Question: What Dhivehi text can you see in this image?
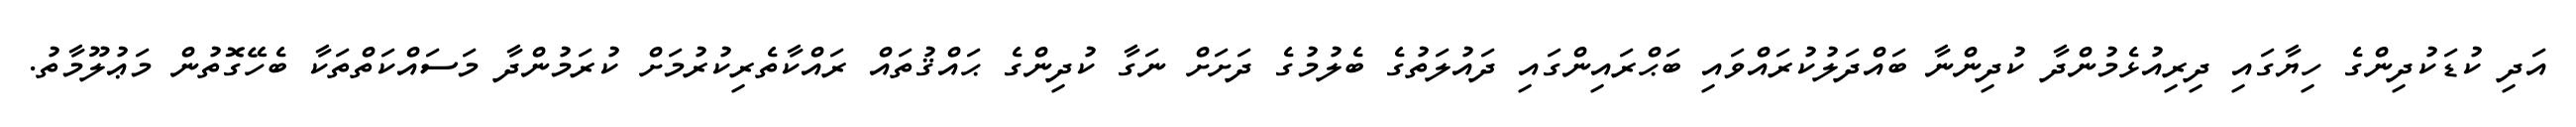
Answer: އަދި ކުޑަކުދިންގެ ހިޔާގައި ދިރިއުޅެމުންދާ ކުދިންނާ ބައްދަލުކުރައްވައި ބަޙްރައިންގައި ދައުލަތުގެ ބެލުމުގެ ދަށަށް ނަގާ ކުދިންގެ ޙައްޤުތައް ރައްކާތެރިކުރުމަށް ކުރަމުންދާ މަސައްކަތްތަކާ ބެހޭގޮތުން މަޢުލޫމާތު.